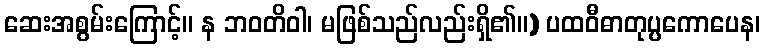
ဆေးအစွမ်းကြောင့်။ န ဘဝတိဝါ၊ မဖြစ်သည်လည်းရှိ၏။) ပထဝီဓာတုပ္ပကောပေန၊